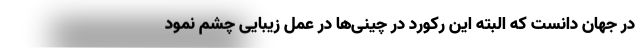
در جهان دانست که البته این رکورد در چینی‌ها در عمل زیبایی چشم نمود